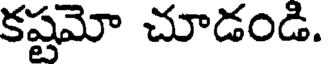
కష్టమో చూడండి.